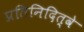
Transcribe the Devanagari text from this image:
प्रतिनिदित्वे